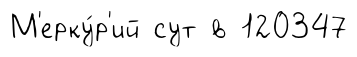
М'ерку́р'ий сут в 120347